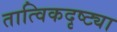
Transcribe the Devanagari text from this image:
तात्विकदृष्ट्या